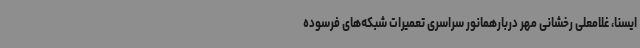
ایسنا، غلامعلی رخشانی مهر دربارهمانور سراسری تعمیرات شبکه‌های فرسوده